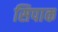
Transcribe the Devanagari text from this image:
सिपाक